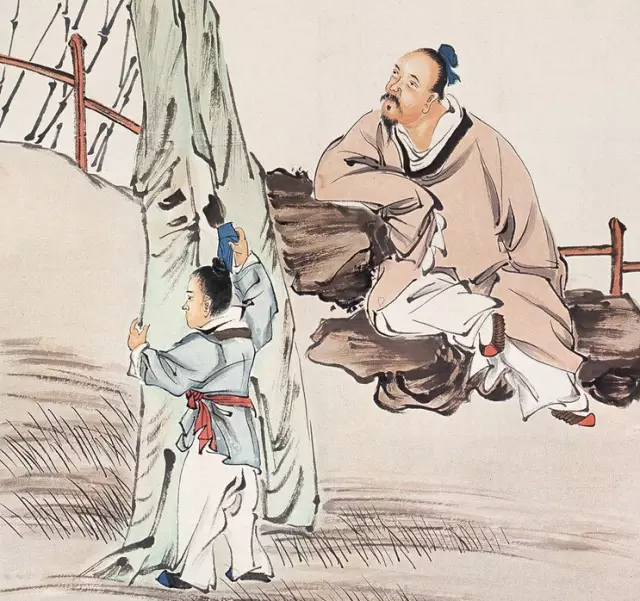
资之深，则取之左右逢其原。